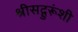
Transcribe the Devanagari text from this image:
श्रीसद्गुरूंशी